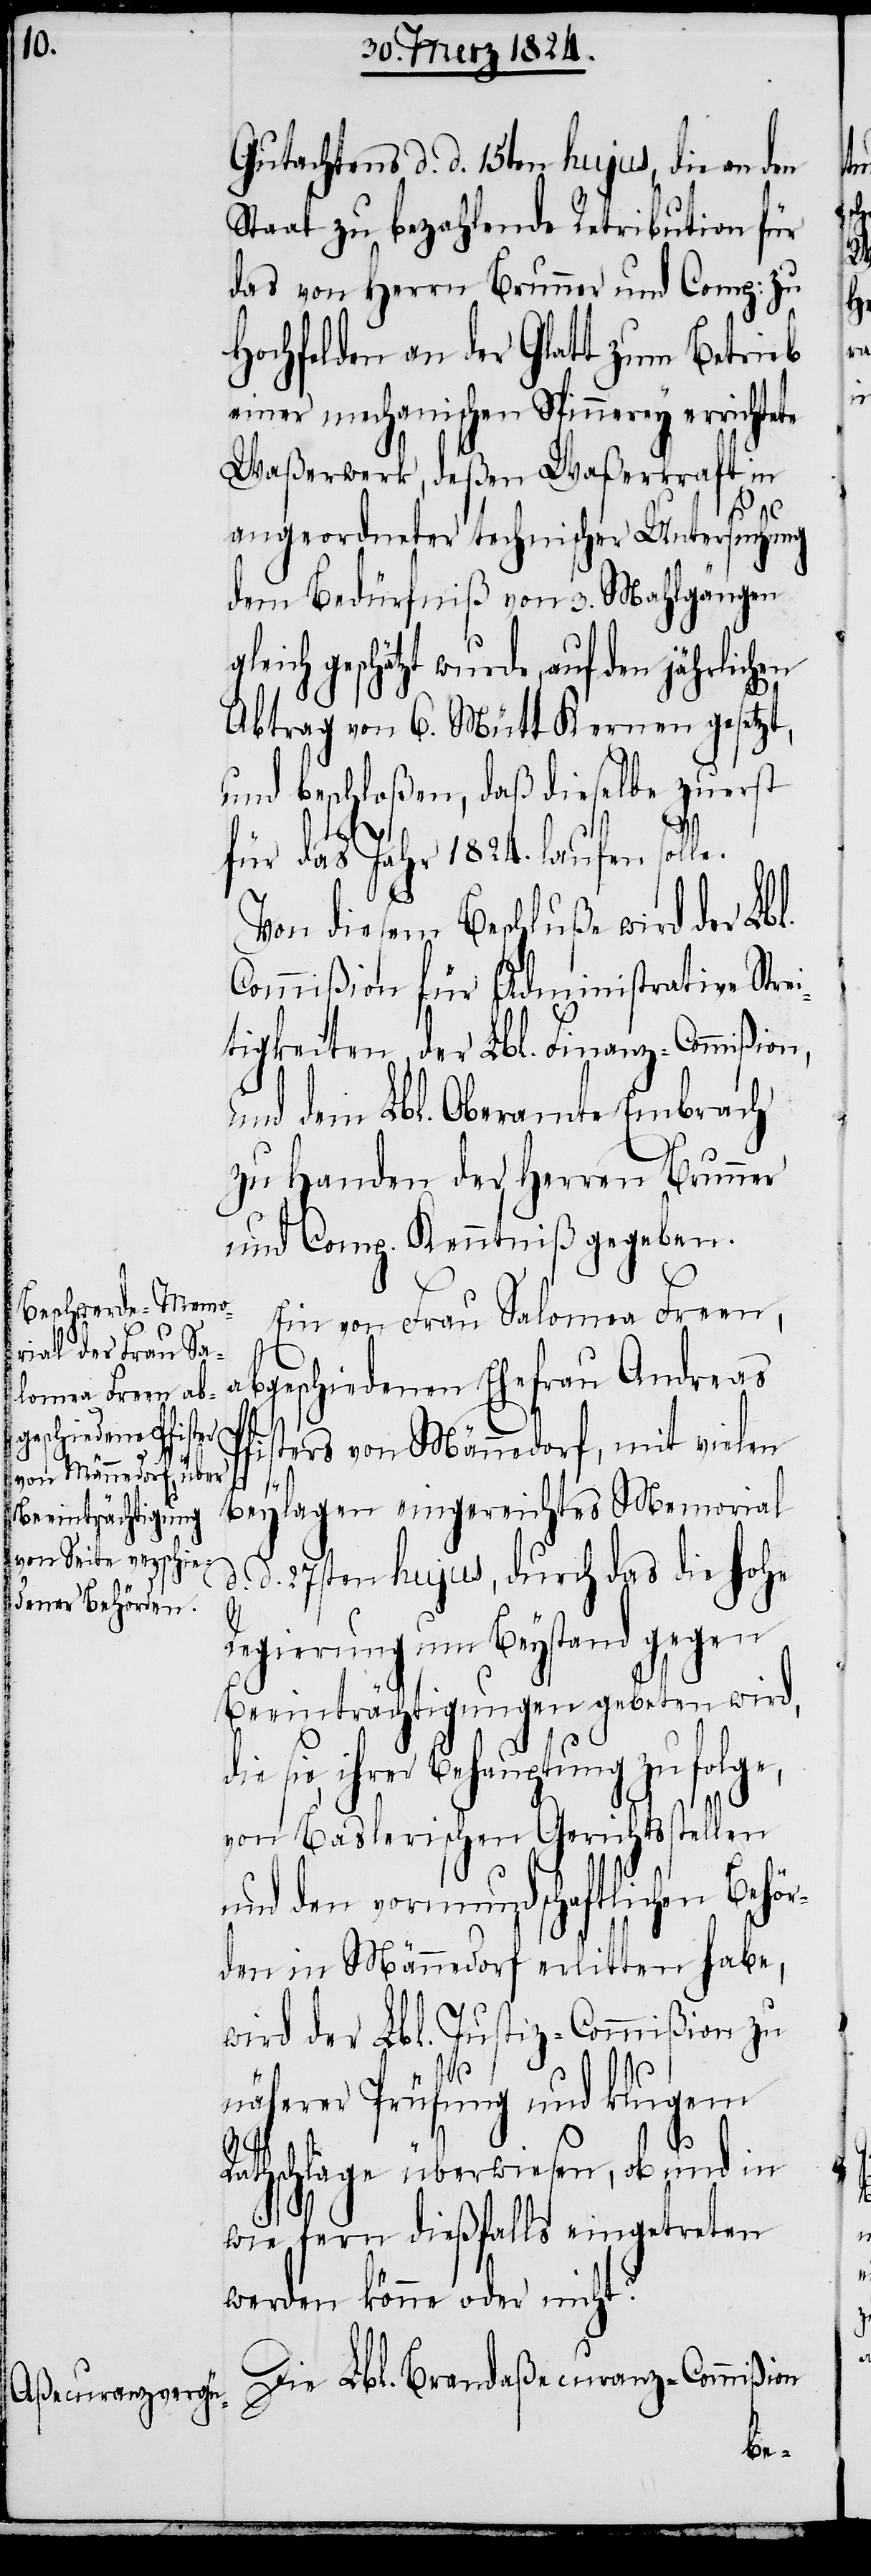
Gutachtens d. d. 15ten hujus, die an den
Staat zu bezahlende Retribution für
das von Herrn Brunner und Comp: zu
Hochfelden an der Glatt zum Betrieb
einer mechanischen Spinnerey errichte¬
Waßerwerk, deßen Waßerkraft in
angeordneter technischer Untersuchung
dem Bedürfniß von 3. Mahlgängen
geschätzt wurde, auf den jährlichen
Pfi¬
Abtrag von 6. Mütt Kernen gesetzt,
und beschloßen, daß dieselbe zuerst
für das Jahr 1824. laufen solle.
Von diesem Beschluße wird der Lbl.
Commißion für Administrative Stre¬
itigkeiten, der Lbl. Finanz-Commißion,
und dem Lbl. Oberamte Embrach
zu Handen der Herren Brunner
und Comp. Kenntniß gegeben.
Ein von Frau Salomea Freen,
abgeschiedenen Ehefrau Andreas
R¬
ters von Männedorf, mit vielen
lagen eingereichtes Memorial
Bey¬
d. 27sten hujus, durch das die hohe
Regierung um Beystand gegen
Beeinträchtigungen gebeten wird,
die sie, ihrer Behauptung zufolge,
von Baslerischen Gerichtsstellen
und den vormundschaftlichen Behö¬
rden in Männedorf erlitten habe,
wird der Lbl. Justiz-Commißion zu
näherer Prüfung und klugem
athschlage überwiesen, ob und in
wie fern dießfalls eingetreten
werden könne oder nicht?
Die Lbl. Brandaßecuranz-Commißion